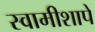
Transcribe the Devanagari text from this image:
स्वामीशापे